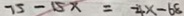
7 5 - 1 5 x = 4 x - 6 8